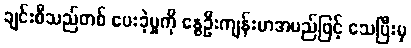
ချင်းစီသည်တစ် ပေးခဲ့မှုကို နွေဦးကျန်းမာအမည်ဖြင့် သေပြီးမှ